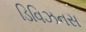
ડિવિઝનસ